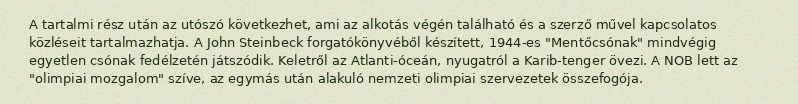
A tartalmi rész után az utószó következhet, ami az alkotás végén található és a szerző művel kapcsolatos közléseit tartalmazhatja. A John Steinbeck forgatókönyvéből készített, 1944-es "Mentőcsónak" mindvégig egyetlen csónak fedélzetén játszódik. Keletről az Atlanti-óceán, nyugatról a Karib-tenger övezi. A NOB lett az "olimpiai mozgalom" szíve, az egymás után alakuló nemzeti olimpiai szervezetek összefogója.